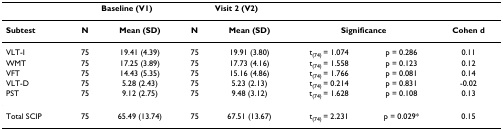
<table><thead><tr><td></td><td colspan="2"><b>Baseline (V1)</b></td><td colspan="2"><b>Visit 2 (V2)</b></td><td></td><td></td><td></td></tr></thead><tbody><tr><td><b>Subtest</b></td><td><b>N</b></td><td><b>Mean (SD)</b></td><td><b>N</b></td><td><b>Mean (SD)</b></td><td colspan="2"><b>Significance</b></td><td><b>Cohen d</b></td></tr><tr><td>VLT-I</td><td>75</td><td>19.41 (4.39)</td><td>75</td><td>19.91 (3.80)</td><td>t<sub>(74) </sub>= 1.074</td><td>p = 0.286</td><td>0.11</td></tr><tr><td>WMT</td><td>75</td><td>17.25 (3.89)</td><td>75</td><td>17.73 (4.16)</td><td>t<sub>(74) </sub>= 1.558</td><td>p = 0.123</td><td>0.12</td></tr><tr><td>VFT</td><td>75</td><td>14.43 (5.35)</td><td>75</td><td>15.16 (4.86)</td><td>t<sub>(74) </sub>= 1.766</td><td>p = 0.081</td><td>0.14</td></tr><tr><td>VLT-D</td><td>75</td><td>5.28 (2.43)</td><td>75</td><td>5.23 (2.13)</td><td>t<sub>(74) </sub>= 0.214</td><td>p = 0.831</td><td>-0.02</td></tr><tr><td>PST</td><td>75</td><td>9.12 (2.75)</td><td>75</td><td>9.48 (3.12)</td><td>t<sub>(74) </sub>= 1.628</td><td>p = 0.108</td><td>0.13</td></tr><tr><td>Total SCIP</td><td>75</td><td>65.49 (13.74)</td><td>75</td><td>67.51 (13.67)</td><td>t<sub>(74) </sub>= 2.231</td><td>p = 0.029*</td><td>0.15</td></tr></tbody></table>